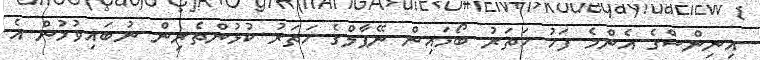
އިނިންސްގެ އެންމެ ފަހު ހަތަރު ބޯޅައިން ނޭޕާލްގެ ހަތަރު ކުޅުންތެރިން ނުބައިވުމުން އެ